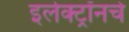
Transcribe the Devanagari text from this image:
इलेक्ट्रॉनचे